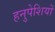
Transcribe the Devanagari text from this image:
हनुपेशियों